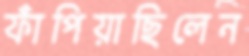
ফাঁপিয়াছিলেন